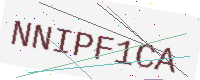
Text: NNIPF1CA